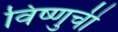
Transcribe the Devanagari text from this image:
विष्णुची